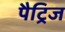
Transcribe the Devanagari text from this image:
पैट्रिज